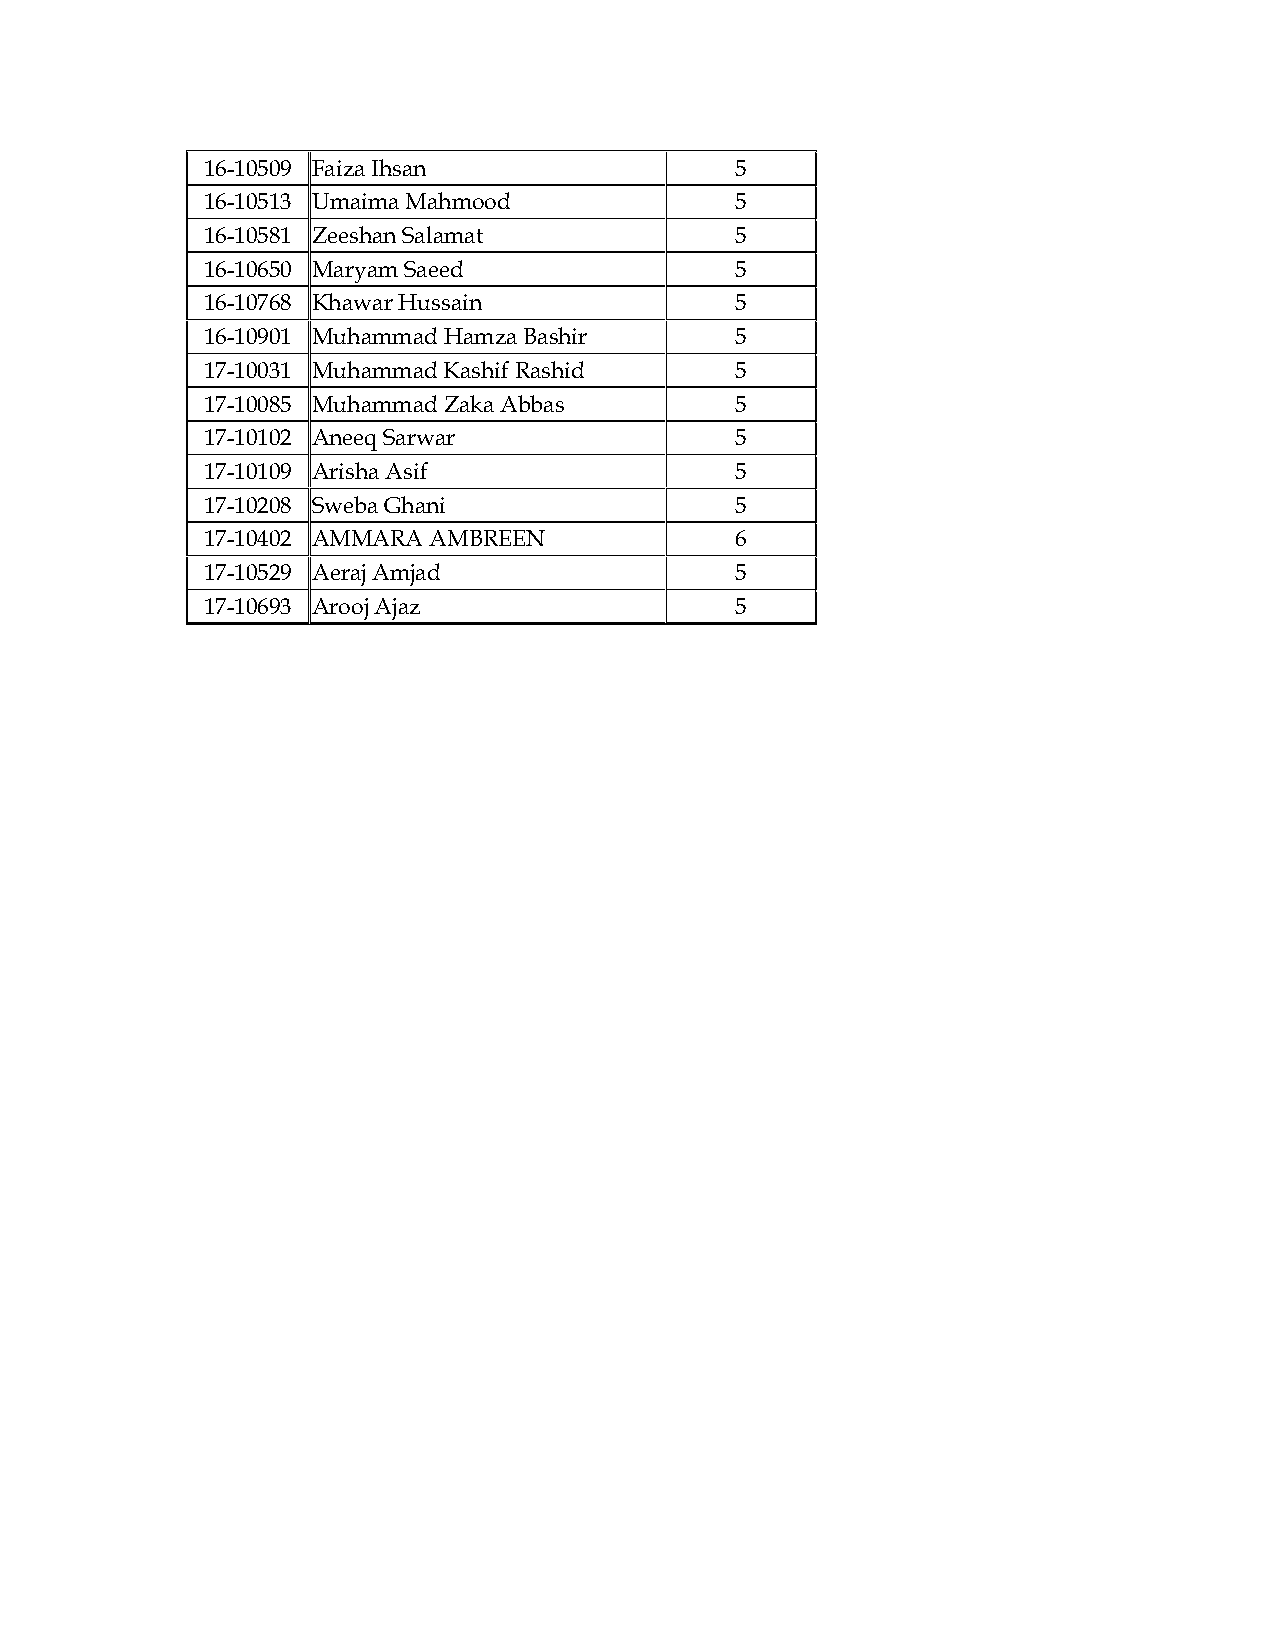
16-10509 Faiza Ihsan                5
 16-10513 Umaima Mahmood             5
 16-10581 Zeeshan Salamat            5
 16-10650 Maryam Saeed               5
 16-10768 Khawar Hussain             5
 16-10901 Muhammad Hamza Bashir      5
 17-10031 Muhammad Kashif Rashid     5
 17-10085 Muhammad Zaka Abbas        5
 17-10102 Aneeq Sarwar               5
 17-10109 Arisha Asif                5
 17-10208 Sweba Ghani                5
 17-10402 AMMARA AMBREEN             6
 17-10529 Aeraj Amjad                5
 17-10693 Arooj Ajaz                 5